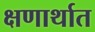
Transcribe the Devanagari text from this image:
क्षणार्थात